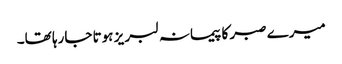
میرے صبر کا پیمانہ لبر یز ہوتا جارہا تھا۔